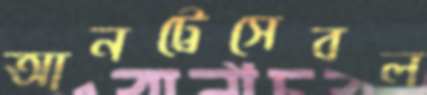
আনট্রেসেবল